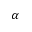
\alpha